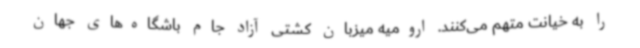
را به خیانت متهم می‌کنند. ارومیه میزبان کشتی آزاد جام باشگاه‌های جهان